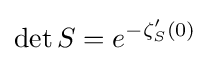
\det S=e^{-\zeta _{S}'(0)}